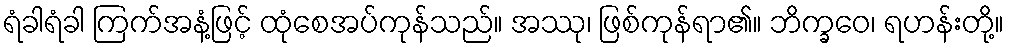
ရံခါရံခါ ကြက်အနံ့ဖြင့် ထုံစေအပ်ကုန်သည်။ အဿု၊ ဖြစ်ကုန်ရာ၏။ ဘိက္ခဝေ၊ ရဟန်းတို့။